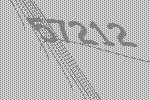
57212